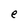
Character: e